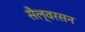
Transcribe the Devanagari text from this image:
सैल्वरसन